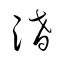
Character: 淆